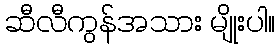
ဆီလီကွန်အသား မျိုးပါ။